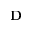
\mathbf { D }